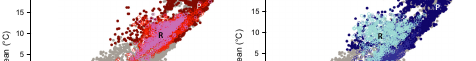
<table><thead><tr><td></td><td><b><i>P. gilberti</i></b></td><td><b><i>P. skiltonianus</i></b></td><td><b><i>P. lagunensis</i></b></td></tr></thead><tbody><tr><td><i>P. gilberti</i></td><td>274,628 (216,398)</td><td>4.45% (174236)</td><td>5.49% (35547)</td></tr><tr><td><i>P. skiltonianus</i></td><td>6.59% (90395)</td><td>362,724 (115,5742)</td><td>0.04% (35926)</td></tr><tr><td><i>P. lagunensis</i></td><td>(0%)</td><td>(0%)</td><td>376,586 (3920)</td></tr></tbody></table>